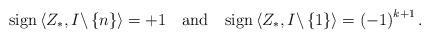
LaTeX: \begin{align*}{\rm sign}\left\langle Z_{*},I\backslash\left\{ n\right\} \right\rangle =+1\quad{\rm and}\quad{\rm sign}\left\langle Z_{*},I\backslash\left\{ 1\right\} \right\rangle =\left(-1\right)^{k+1}.\end{align*}